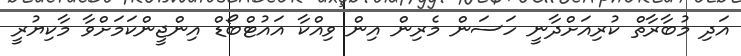
އަދި މުބާރާތް ކުރިއަށްދާނީ ހަސަން މެރިން އިން ވިއްކާ އައުޓްބޯޑް އިންޖީންކަމަށްވާ މާކިޔުރީ